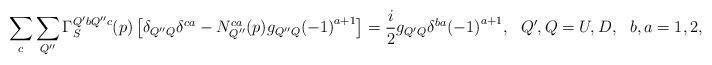
LaTeX: \begin{align*}\sum_c\sum_{Q''}\Gamma_S^{Q'bQ''c}(p)\left[\delta_{Q''Q}\delta^{ca}-N_{Q''}^{ca}(p)g_{Q''Q}{(-1)}^{a+1}\right]=\frac{i}{2}g_{Q'Q}\delta^{ba}{(-1)}^{a+1}, \ \ Q',Q=U,D, \ \ b,a=1,2,\end{align*}